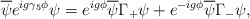
\begin{align*}\overline{\psi}e^{ig\gamma_5\phi}\psi = e^{ig\phi}\overline{\psi}\Gamma_+\psi + e^{-ig\phi}\overline{\psi}\Gamma_-\psi,\end{align*}